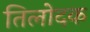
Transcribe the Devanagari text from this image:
तिलोदक